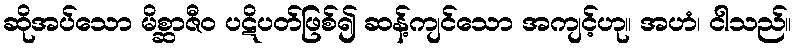
ဆိုအပ်သော မိစ္ဆာဇီဝ ပဋိပတ်ဖြစ်၍ ဆန့်ကျင်သော အကျင့်ဟု။ အဟံ၊ ငါသည်။